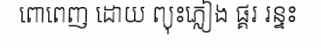
ពោពេញ ដោយ ព្យុះភ្លៀង ផ្គរ រន្ទះ